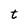
Character: t